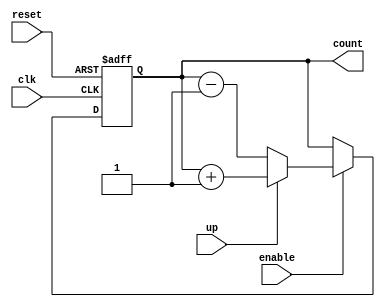
module up_down_counter (
    input wire clk,        // Clock signal
    input wire reset,      // Asynchronous reset signal
    input wire up,         // Control signal for counting direction
    input wire enable,     // Control signal to enable counting
    output reg [7:0] count // 8-bit counter output
);

    // Asynchronous reset and counting logic
    always @(posedge clk or posedge reset) begin
        if (reset) begin
            count <= 8'b0; // Reset counter to 0
        end else if (enable) begin
            if (up) begin
                count <= count + 1; // Increment counter
            end else begin
                count <= count - 1; // Decrement counter
            end
        end
        // If enable is low, hold the current count value
    end

endmodule